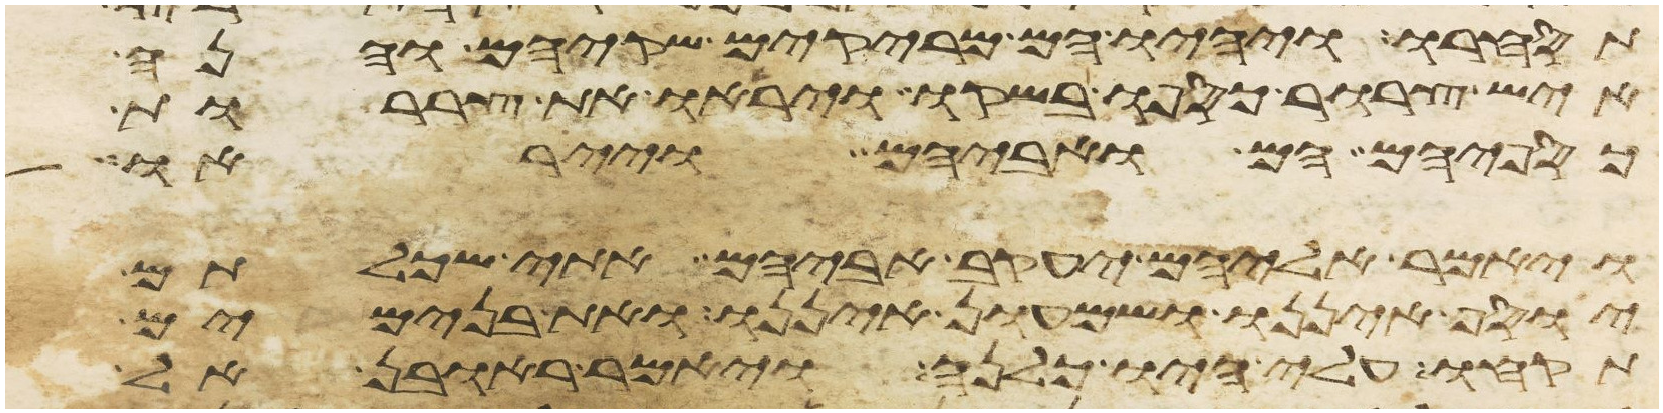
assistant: תסחרו ויהיו הם מריקים שקיהם והנה
איש צרור כספו בשקו ויראו את צררות
כספיהם הם ואביהם וייראו
ויאמר אליהם יעקב אביהם אתי שכלתם
יוסף איננו ושמעון איננו ואת בנימים
תקחו עלי היו כלנה ויאמר ראובן אל